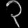
Digit: ၃